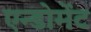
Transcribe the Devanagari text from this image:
एन्डोमेंट